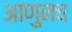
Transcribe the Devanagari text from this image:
आणुनच